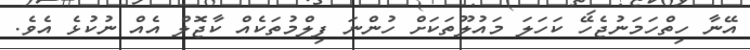
އޭނާ ހިތްހަމަނުޖެހޭ ކަހަލަ މައުލޫތަކަށް ހުންނަ ފިލްމުތަކެއް ކާޖޮލް އެއް ނުކުޅެ އެވެ.